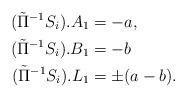
LaTeX: \begin{align*} ( \tilde \Pi^{-1} S_i ) . A_1 &= -a, \\ ( \tilde \Pi^{-1} S_i ) . B_1 &= -b \\ ( \tilde \Pi^{-1} S_i ) . L_1 &= \pm( a - b ).\end{align*}